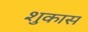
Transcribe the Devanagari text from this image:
शुकास